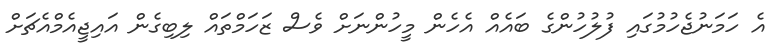
އެ ހަމަނުޖެހުމުގައި ފުލުހުންގެ ބައެއް އެހެން މީހުންނަށް ވެސް ޒަހަމްތައް ލިބިގެން އައިޖީއެމްއެޗަށް